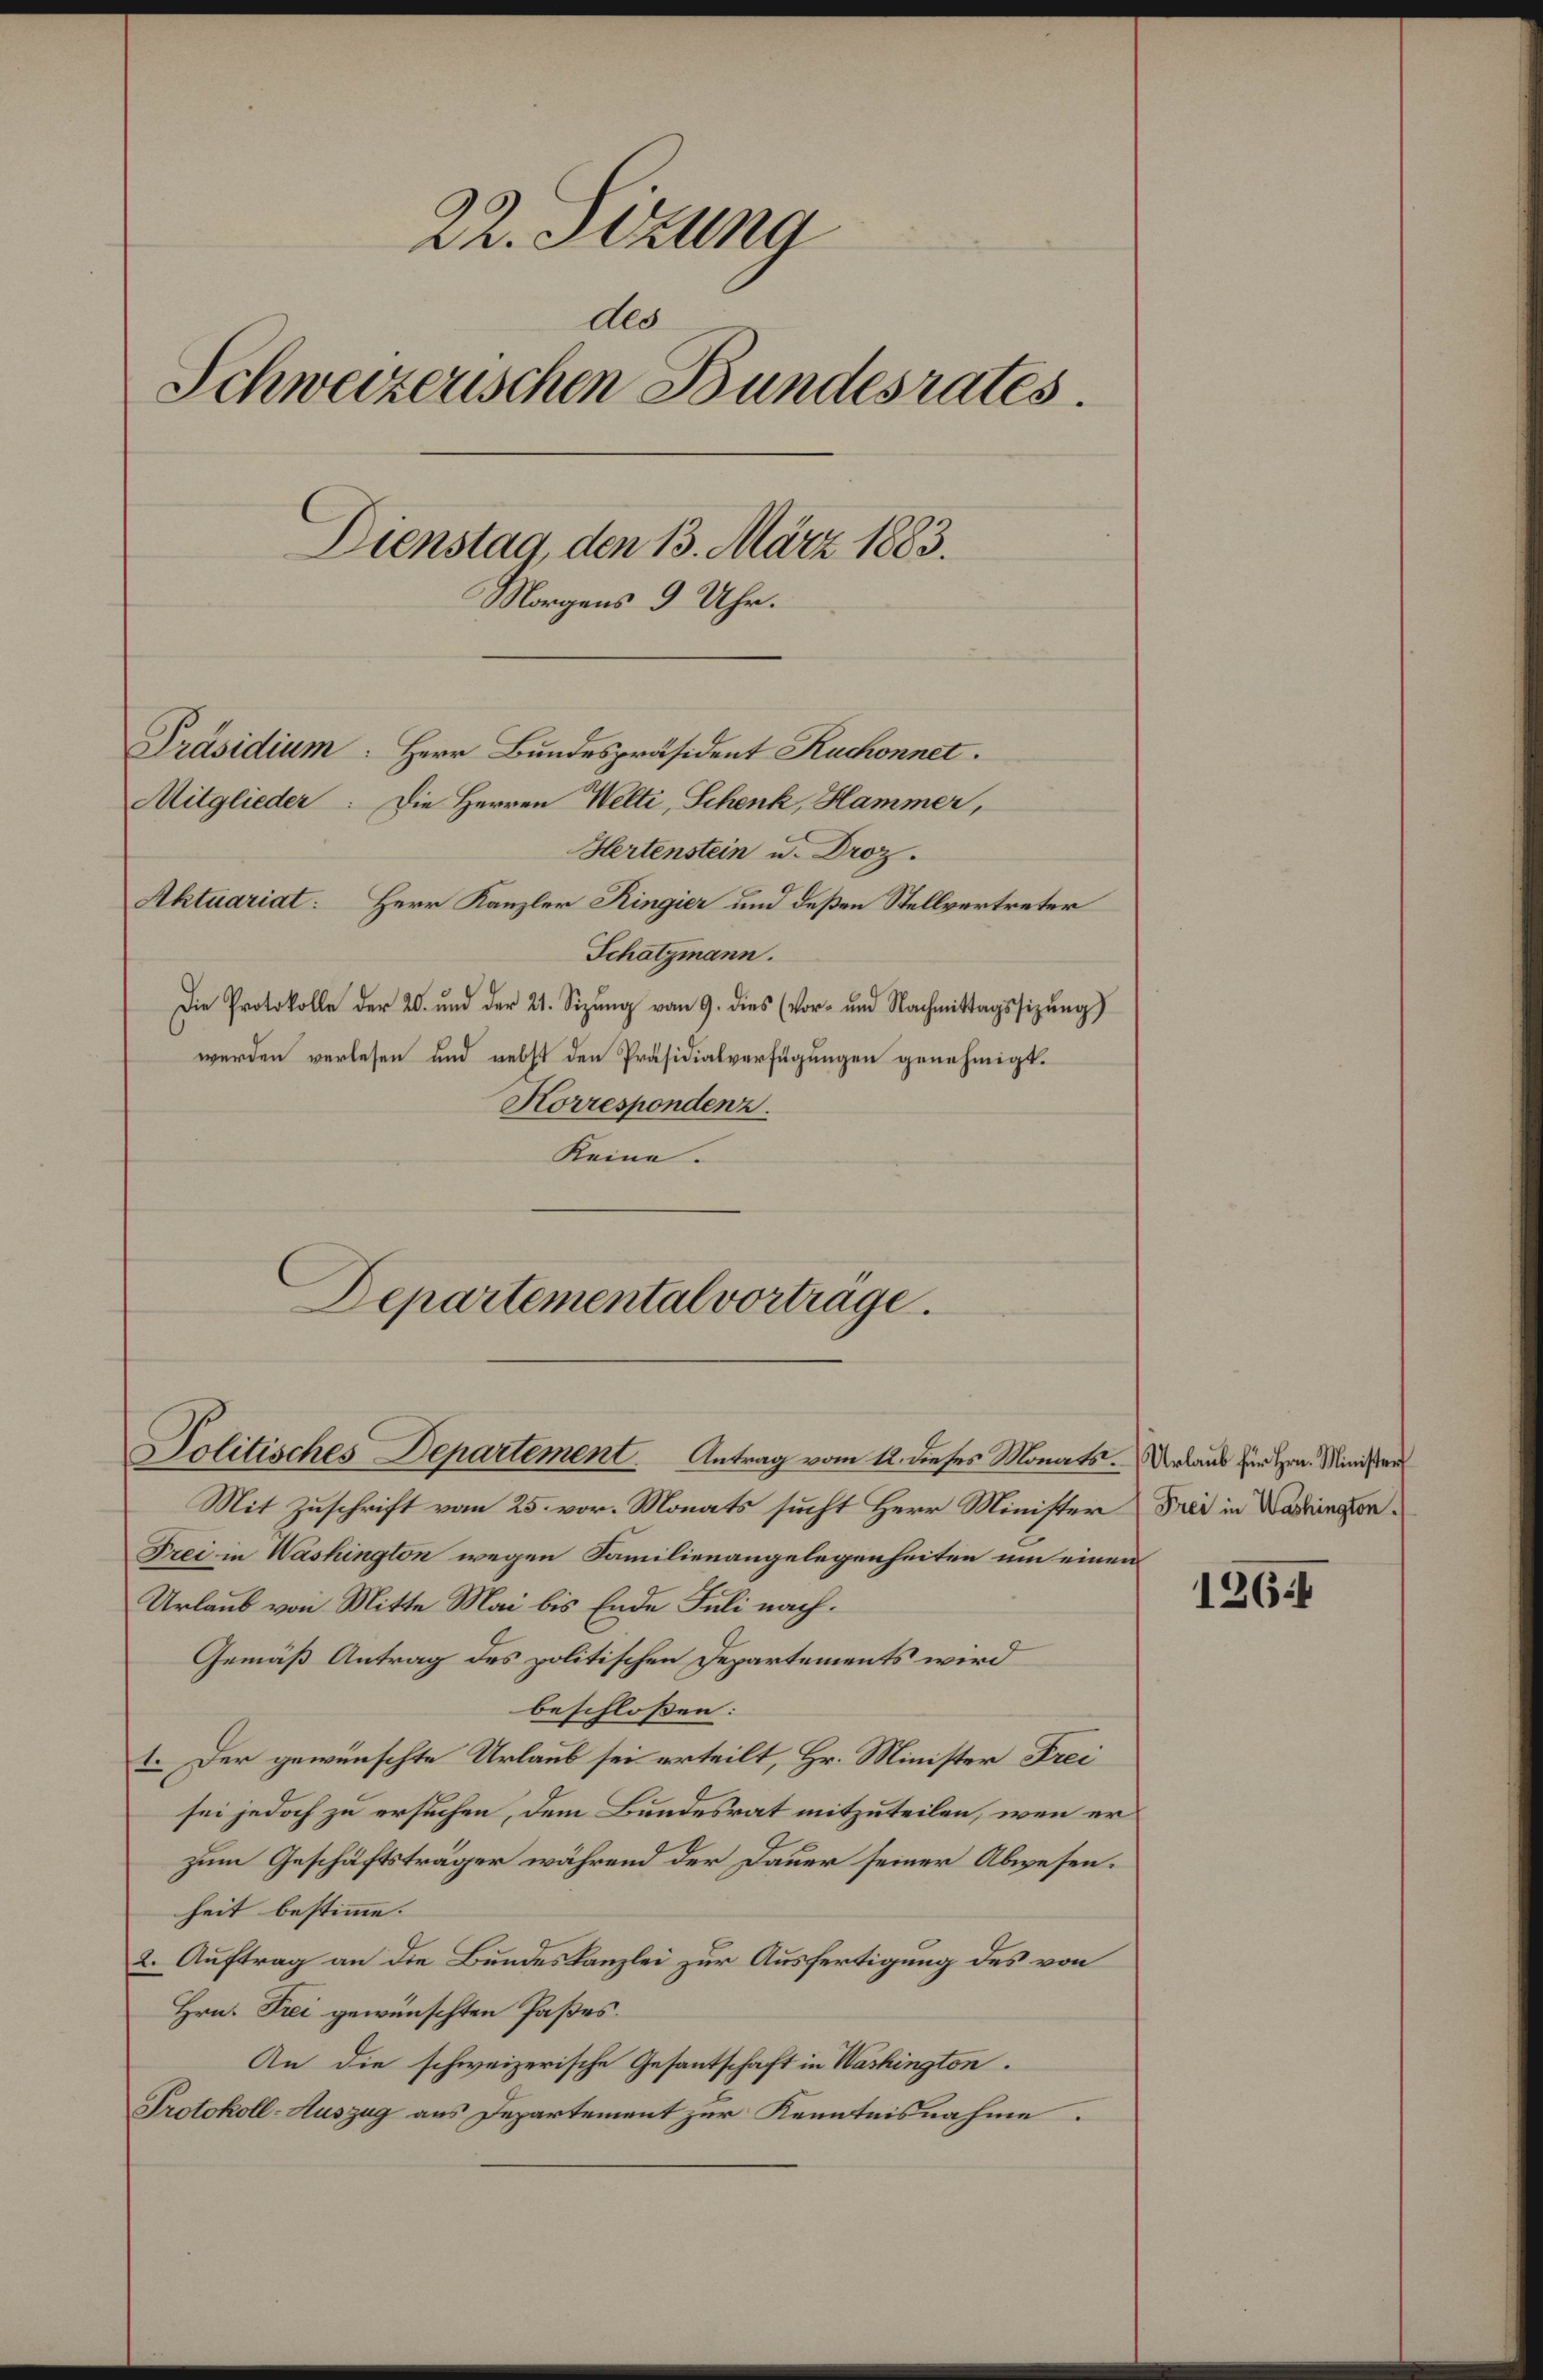
22. Sizung
dee
Schweizerischen Bundesrates.
Dienstag, den 13. März 1883.
Morgens 9 Uhr.
Präsidium. Herr Bundespräsident Ruchonnet.
Mitglieder. Die Herren Welti, Schenk, Hammer,
Hertenstein u. Droz.
Aktuariat: Herr Kanzler Ringier und deßen Stellvertreter

Korrespondenz.
Keine.
Mit Zuschrift vom 25. vor. Monats sucht Herr Minister & Frei in Wadringe¬
Frei in Washington wegen Familienangelegenheiten um einen
Urlaub von Mitte Mai bis Ende Juli nach.
Gemäß Antrag des politischen Departements wird
beschlossen:
1. Der gewünschte Urlaub sei erteilt, Hr. Minister Frei
sei jedoch zu ersuchen, dem Bundesrat mitzuteilen, wenn er
zum Geschäftsträger während der Dauer seiner Abwesen.
heit bestimme.
2. Auftrag an die Bundeskanzlei zur Ausfertigung des von
Hrn. Frei gewünschten Paßes.
An die schweizerische Gesantschaft in Washington.
Protokoll-Auszug aus Departement zur Kenntnisnahme.

Schatzmann.

dDie Protokolle der 20. und der 21. Sizŭng vom 9. dies (vor- und Nachmittagssitzŭng
werden verlesen und nebst den Präsidialverfügungen genehmigt.

Departemental vorträge.
Politisches Departement. Antrag vom 12. dieses Monats. Urlaub für Hrn. Minister

126